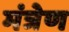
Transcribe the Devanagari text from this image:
मंत्रेण